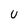
Character: U